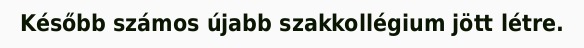
Később számos újabb szakkollégium jött létre.